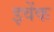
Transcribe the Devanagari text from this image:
इवेंक